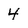
Character: 4